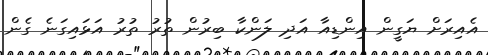
އެއިރަށް ޔަގީން އިންޑިއާ އަދި ލަންކާ ބިރުން ތުރު ތުރު އަޅައިގަނެ ގެން